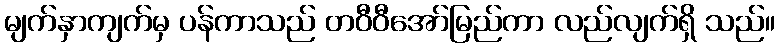
မျက်နှာကျက်မှ ပန်ကာသည် တဝီဝီအော်မြည်ကာ လည်လျက်ရှိ သည်။